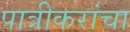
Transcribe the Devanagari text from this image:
पात्रीकरांचा